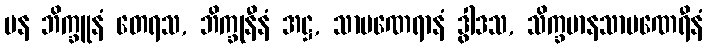
ပန ဘိက္ခူနံ တေရသ, ဘိက္ခုနီနံ အဋ္ဌ, သာမဏေရာနံ ဒွါဒသ, သိက္ခမာနသာမဏေရီနံ